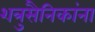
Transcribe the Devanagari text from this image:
शत्रुसैनिकांना